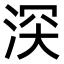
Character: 𣵫